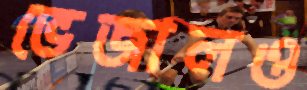
ভেজালও